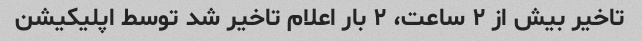
تاخیر بیش از ٢ ساعت، ٢ بار اعلام تاخیر شد توسط اپلیکیشن